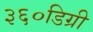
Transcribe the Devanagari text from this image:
३६०डिग्री